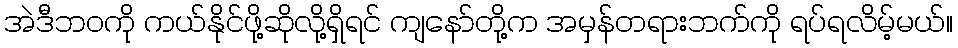
အဲဒီဘဝကို ကယ်နိုင်ဖို့ဆိုလို့ရှိရင် ကျနော်တို့က အမှန်တရားဘက်ကို ရပ်ရလိမ့်မယ်။